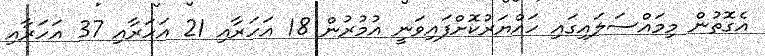
އެގޮތުން މިމައްސަލައިގައި ހައްޔަރުކޮށްފައިވަނީ އުމުރުން 18 އަހަރާއި 21 އަހަރާއި 37 އަހަރާއި